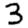
Digit: 3